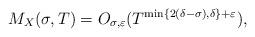
LaTeX: \begin{align*} M_X(\sigma, T) = O_{\sigma, \varepsilon}( T^{\min \{ 2(\delta-\sigma), \delta \}+\varepsilon} ), \end{align*}